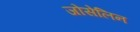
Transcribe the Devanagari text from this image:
जोसेलिन